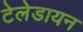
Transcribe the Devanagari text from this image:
टेलेडायन